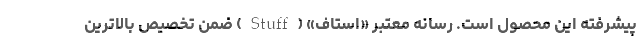
پیشرفته این محصول است. رسانه معتبر «استاف» (Stuff) ضمن تخصیص بالاترین